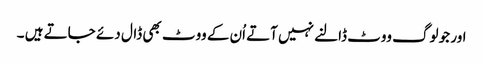
اور جو لوگ ووٹ ڈالنے نہیں آتے اُن کے ووٹ بھی ڈال دئے جاتے ہیں ۔